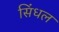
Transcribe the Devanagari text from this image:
सिंधल